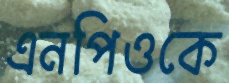
এনপিওকে